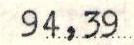
94,39